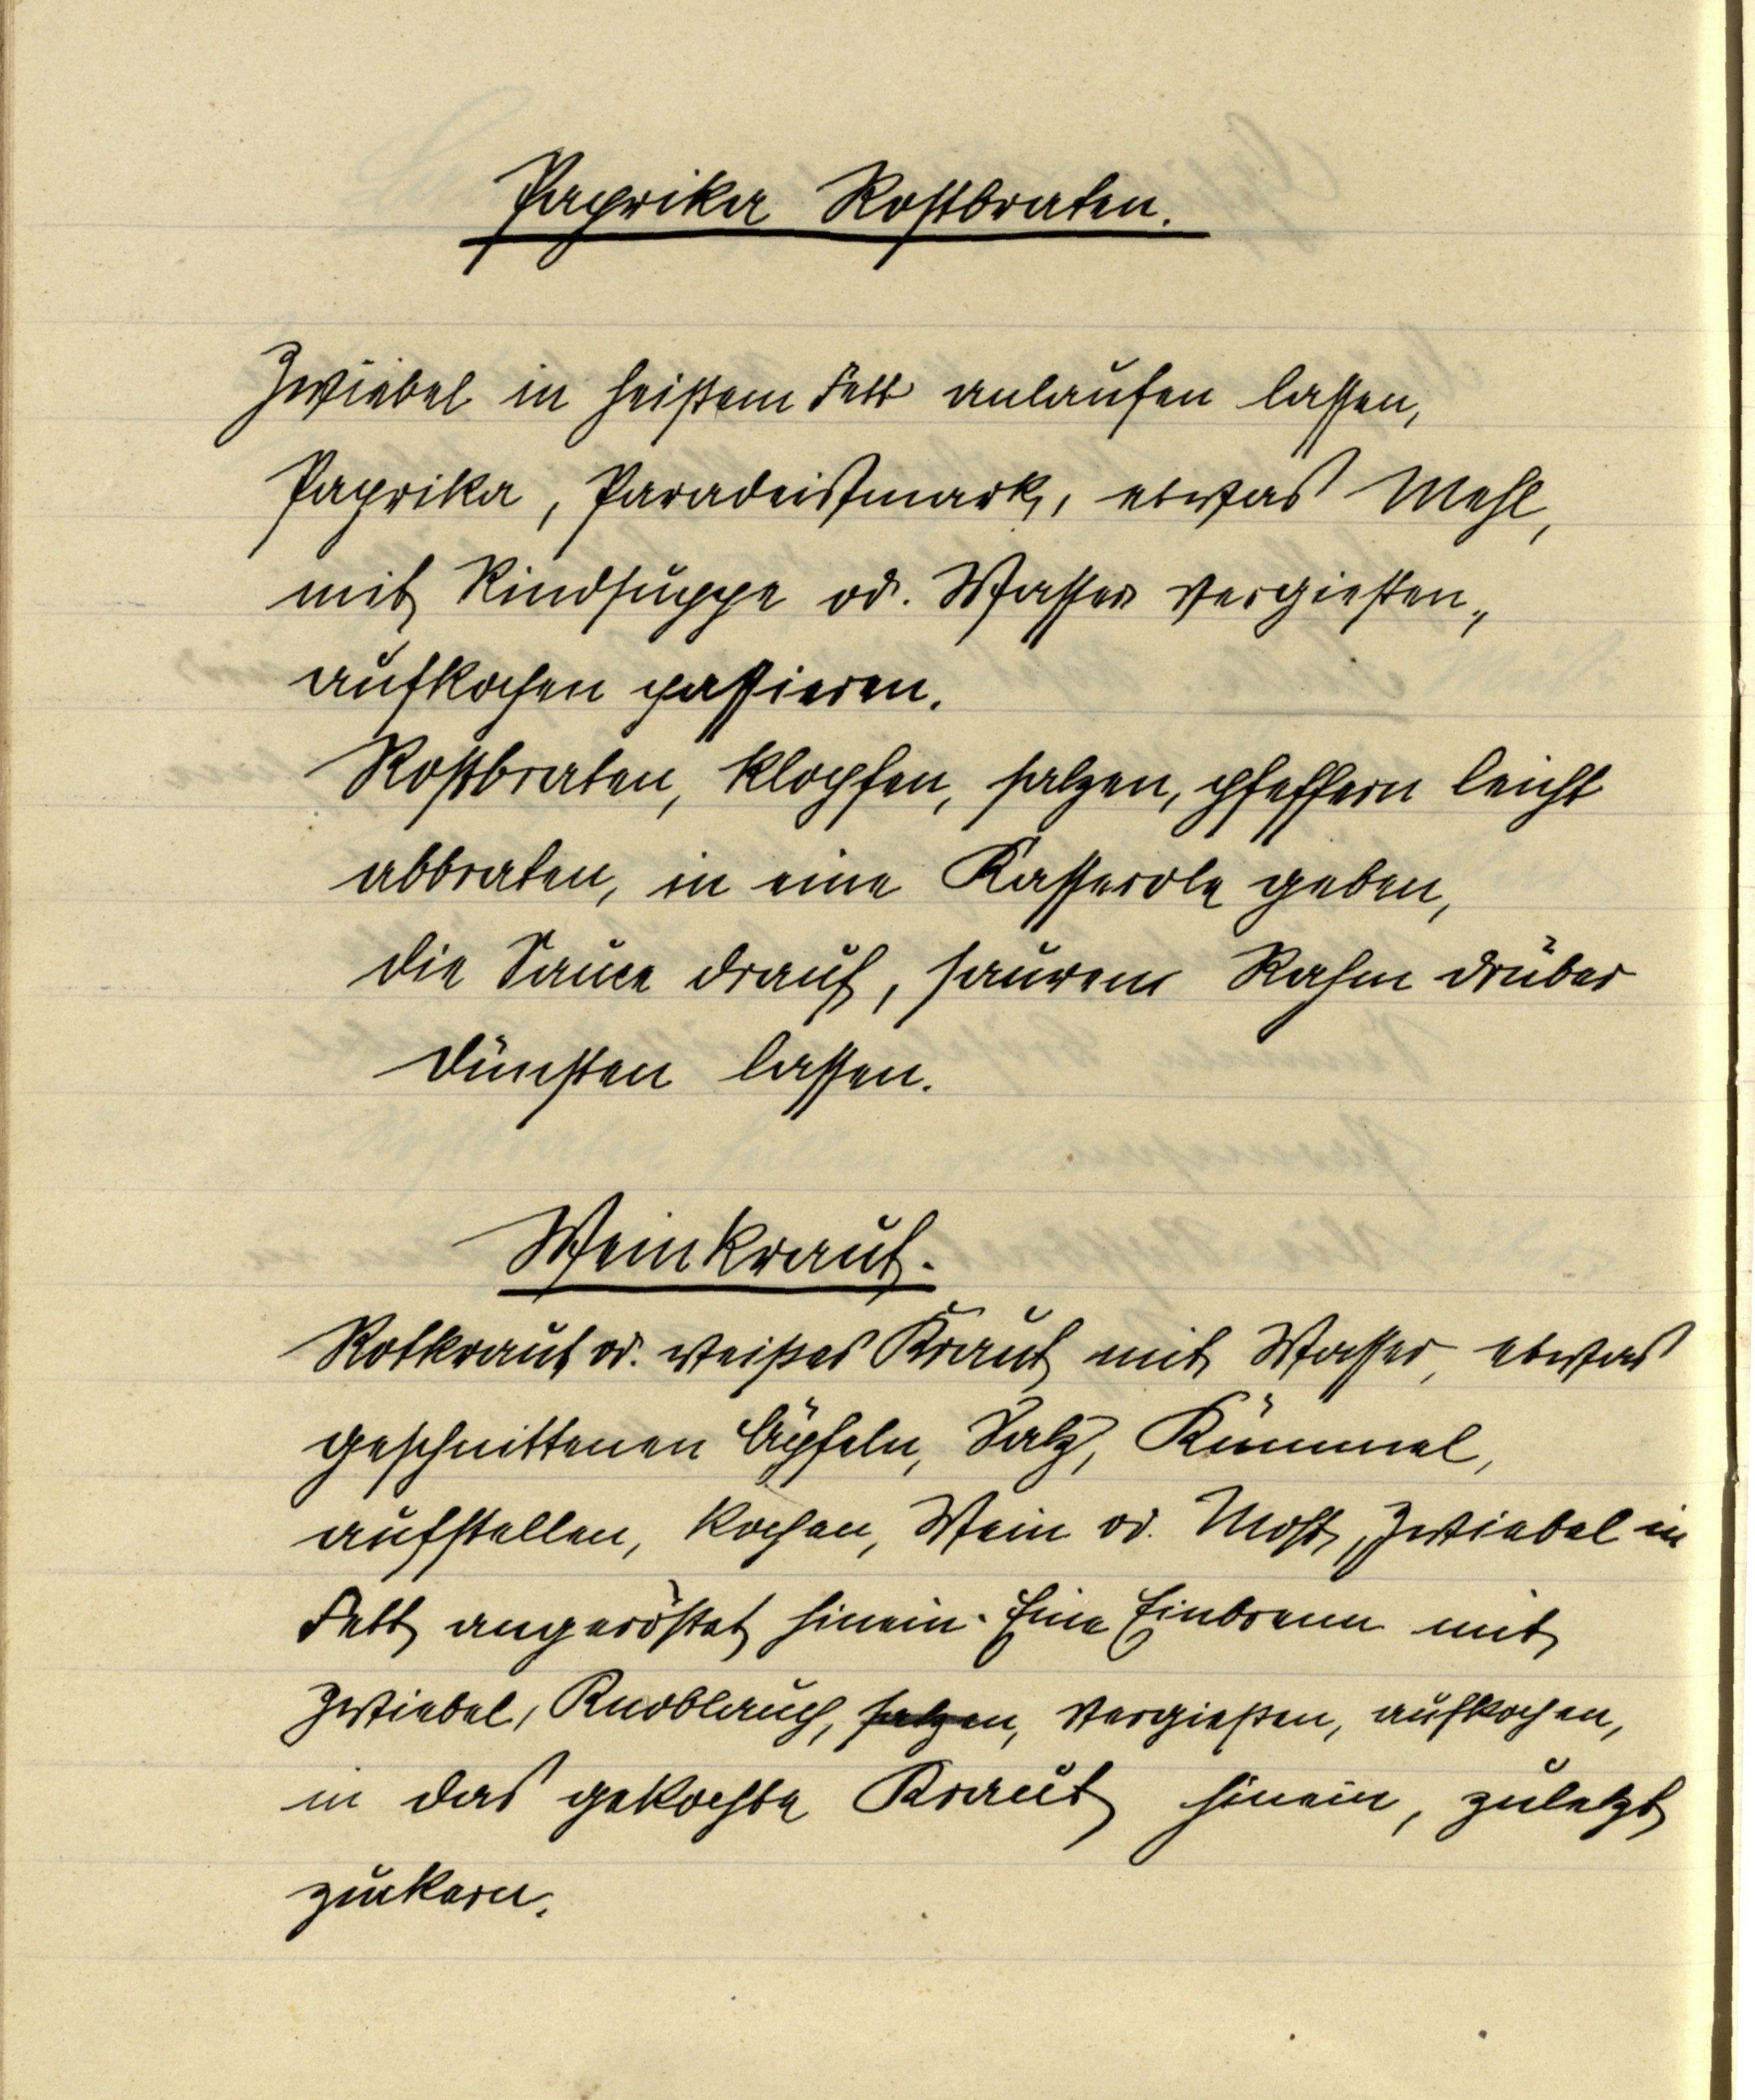
Paprika Rostbraten.

Zwiebel in heißem Fett anlaufen lassen,
Paprika, Paradeißmark, etwas Mehl,
mit Rindsuppe od. Wasser vergießen,
aufkochen passieren
Rostbraten, klopfen, salzen, pfeffern leicht
abbraten, in eine Kasserole geben,
die Sauce drauf, saurem Rahm drüber
dünsten lassen.

Weinkraut.
Rotkraut od. weißes Kraut mit Wasser, etwas
geschnittenen Äpfeln, Salz, Kümmel,
aufstellen, kochen, Wein od. Most, Zwiebel in
Fett angeröstet hinein. Eine Einbrenn mit
Zwiebel, Knoblauch, salzen, vergießen, aufkochen,
in das gekochte Kraut hinein, zuletzt
zuckern.